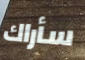
سأراك